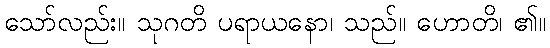
သော်လည်း။ သုဂတိ ပရာယနော၊ သည်။ ဟောတိ၊ ၏။